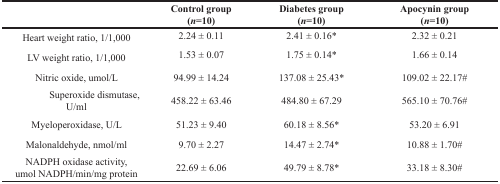
<table><thead><tr><td></td><td><b>Control group(<i>n</i>=10)</b></td><td><b>Diabetes group(<i>n</i>=10)</b></td><td><b>Apocynin group(<i>n</i>=10)</b></td></tr></thead><tbody><tr><td>Heart weight ratio, 1/1,000</td><td>2.24 ± 0.11</td><td>2.41 ± 0.16*</td><td>2.32 ± 0.21</td></tr><tr><td>LV weight ratio, 1/1,000</td><td>1.53 ± 0.07</td><td>1.75 ± 0.14*</td><td>1.66 ± 0.14</td></tr><tr><td>Nitric oxide, umol/L</td><td>94.99 ± 14.24</td><td>137.08 ± 25.43*</td><td>109.02 ± 22.17#</td></tr><tr><td>Superoxide dismutase,U/ml</td><td>458.22 ± 63.46</td><td>484.80 ± 67.29</td><td>565.10 ± 70.76#</td></tr><tr><td>Myeloperoxidase, U/L</td><td>51.23 ± 9.40</td><td>60.18 ± 8.56*</td><td>53.20 ± 6.91</td></tr><tr><td>Malonaldehyde, nmol/ml</td><td>9.70 ± 2.27</td><td>14.47 ± 2.74*</td><td>10.88 ± 1.70#</td></tr><tr><td>NADPH oxidase activity,umol NADPH/min/mg protein</td><td>22.69 ± 6.06</td><td>49.79 ± 8.78*</td><td>33.18 ± 8.30#</td></tr></tbody></table>